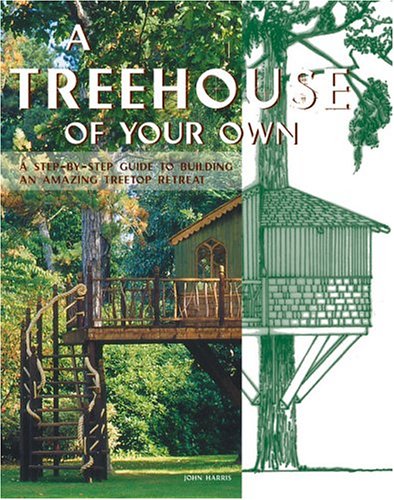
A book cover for A Treehouse of Your Own: A Step-by-Step Guide to Building an Amazing Treetop Retreat; John Harris; Crafts, Hobbies & Home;